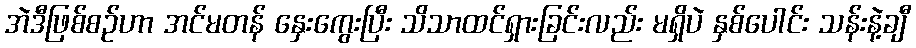
အဲဒီဖြစ်စဉ်ဟာ အင်မတန် နှေးကွေးပြီး သိသာထင်ရှားခြင်းလည်း မရှိပဲ နှစ်ပေါင်း သန်းနဲ့ချီ